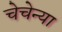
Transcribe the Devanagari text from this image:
चेचेन्या